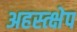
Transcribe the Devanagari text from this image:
अहस्त्क्षेप